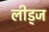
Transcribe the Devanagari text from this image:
लीड्ज